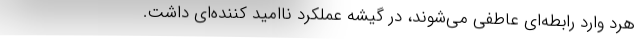
هرد وارد رابطه‌ای عاطفی می‌شوند، در گیشه عملکرد ناامید کننده‌ای داشت.